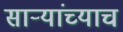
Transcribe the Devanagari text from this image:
साऱ्यांच्याच